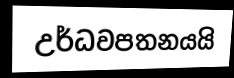
උර්ධවපතනයයි